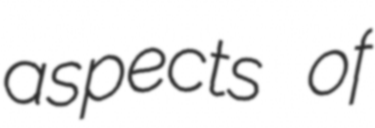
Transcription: aspects of